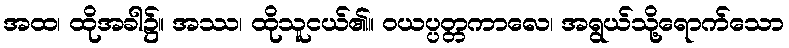
အထ၊ ထိုအခါ၌။ အဿ၊ ထိုသူငယ်၏။ ဝယပ္ပတ္တကာလေ၊ အရွယ်သို့ရောက်သော